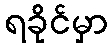
ရခိုင်မှာ